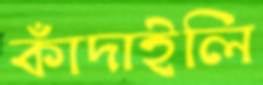
কাঁদাইলি